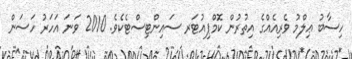
ހިސާބު ޢިލްމު ވެރިއެއްގެ އިތުރުން ކޮމްޕިއުޓަރ ސައިންޓިސްޓެކެވެ. 2010 ވަނަ އަހަރު ހަސަން